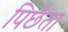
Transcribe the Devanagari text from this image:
पिछेता